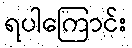
ရပါကြောင်း